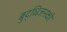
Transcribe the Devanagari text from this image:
बुद्धिजनको